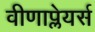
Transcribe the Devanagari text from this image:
वीणाप्लेयर्स